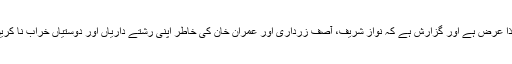
لہٰذا عرض ہے اور گزارش ہے کہ نواز شریف، آصف زرداری اور عمران خان کی خاطر اپنی رشتے داریاں اور دوستیاں خراب نا کریں۔